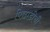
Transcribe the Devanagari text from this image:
पिछाडीची